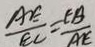
\frac { A E } { E C } = \frac { E B } { A E }